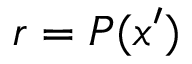
r = P ( \ensuremath { \boldsymbol { x } } ^ { \prime } )